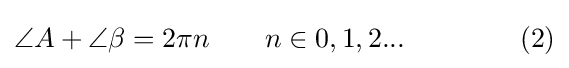
\angle A+\angle \beta =2\pi n\qquad n\in 0,1,2...\,\qquad \qquad {\text{(2)}}